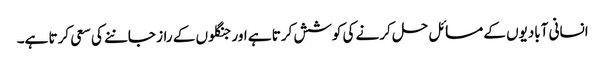
انسانی آبادیوں کے مسائل حل کرنے کی کوشش کرتا ہے اور جنگلوں کے راز جاننے کی سعی کرتا ہے۔